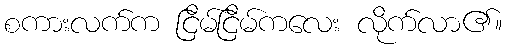
စကားလက်က ငြိမ်ငြိမ်ကလေး လိုက်လာ၏။